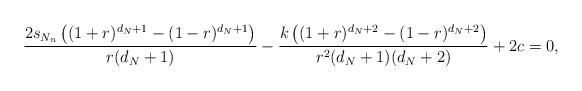
LaTeX: \begin{align*}\frac{2s_{N_n}\left( (1+r)^{d_N+1} - (1-r)^{d_N+1}\right)}{r(d_N+1)} - \frac{k\left( (1+r)^{d_N+2} - (1-r)^{d_N+2}\right)}{r^2(d_N+1)(d_N+2)} + 2c=0,\end{align*}